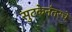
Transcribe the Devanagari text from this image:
सुटकेनंतरचे